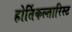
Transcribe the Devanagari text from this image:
होर्तिकल्तारिस्ट